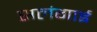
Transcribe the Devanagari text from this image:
सलंगाई